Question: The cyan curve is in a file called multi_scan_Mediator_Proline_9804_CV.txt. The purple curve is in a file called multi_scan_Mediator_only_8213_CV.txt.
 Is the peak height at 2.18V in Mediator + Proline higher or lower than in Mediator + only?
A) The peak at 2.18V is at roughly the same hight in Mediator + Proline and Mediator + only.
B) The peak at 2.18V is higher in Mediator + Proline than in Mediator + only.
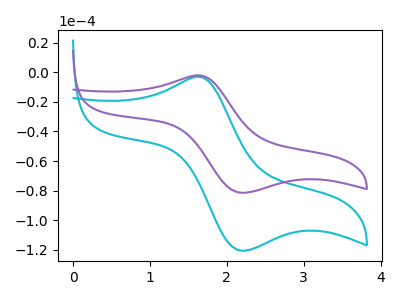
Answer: <think>The cyan curve "Mediator + Proline" has an anodic peak at (1.60V, -3.00uA) and a cathodic peak at (2.20V, -120.60uA). The purple curve "Mediator + only" has an anodic peak at (1.60V, -2.05uA) and a cathodic peak at (2.20V, -81.40uA).</think>
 <answer>B) The peak at 2.18V is higher in "Mediator + Proline" than in "Mediator + only".</answer>
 <eval>B</eval>